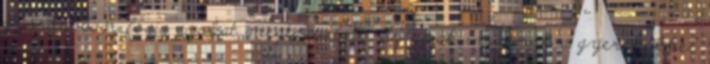
gyorsabban fogja azokat megtanulni. Az apák imádnak a gyerekekkel